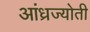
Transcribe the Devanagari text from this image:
आंध्रज्योती